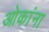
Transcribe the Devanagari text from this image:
ओकांना